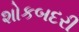
શોકબદરી